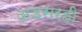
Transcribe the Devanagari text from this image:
अडसरही